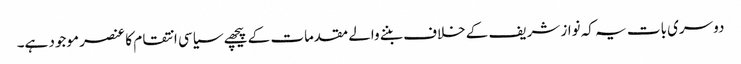
دوسری بات یہ کہ نواز شریف کے خلاف بننے والے مقدمات کے پیچھے سیاسی انتقام کا عنصر موجود ہے۔